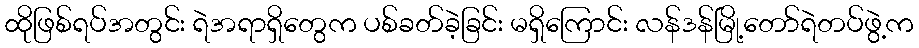
ထိုဖြစ်ရပ်အတွင်း ရဲအရာရှိတွေက ပစ်ခတ်ခဲ့ခြင်း မရှိကြောင်း လန်ဒန်မြို့တော်ရဲတပ်ဖွဲ့က